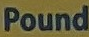
pound